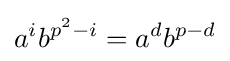
a^{i}b^{p^{2}-i}=a^{d}b^{p-d}